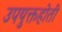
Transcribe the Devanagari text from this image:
उपयुक्तहोती